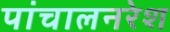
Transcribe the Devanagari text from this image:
पांचालनरेश